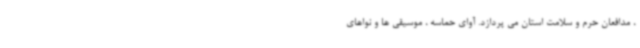
، مدافعان حرم و سلامت استان می پردازد. آوای حماسه ، موسیقی ها و نواهای